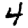
Digit: 4